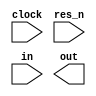
/*
 * Copyright (c) 2024 Fabio Ramirez Stern
 * SPDX-License-Identifier: Apache-2.0
 */

`default_nettype none

module debounce (
  input wire clock, // clock
  input wire res_n, // active low reset
  input wire in,    // the input to be debounced
  output reg out    // debounced output
);


  always @(posedge clock) begin
    
    if (!res_n) begin
      //
    end

  end
endmodule